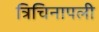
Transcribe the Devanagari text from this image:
त्रिचिनापली